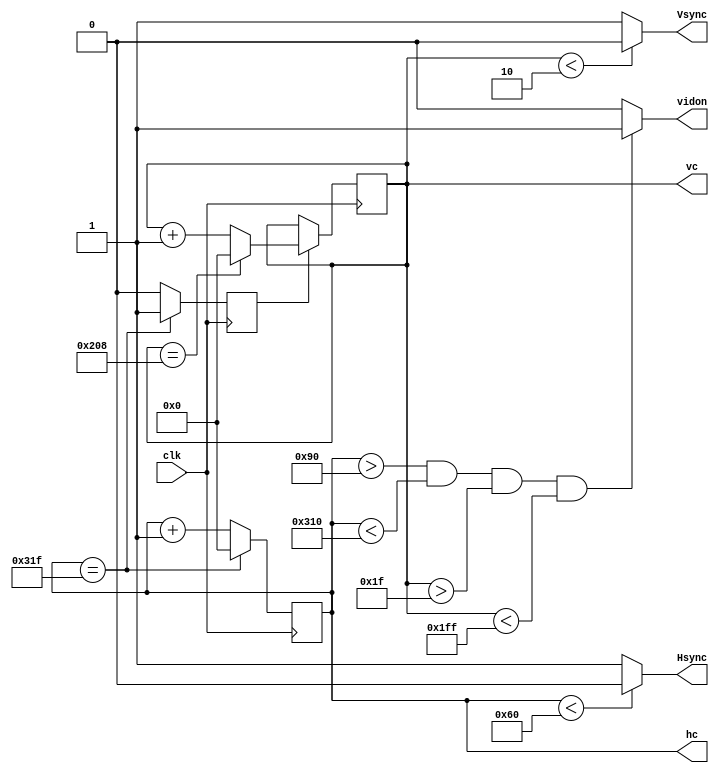
`timescale 1ns / 1ps
//////////////////////////////////////////////////////////////////////////////////
// Company: 
// Engineer: 
// 
// Design Name: 
// Module Name:    vga_resolution 
// Project Name: 
// Target Devices: 
// Tool versions: 
// Description: 
//
// Dependencies: 
//
// Revision: 
// Revision 0.01 - File Created
// Additional Comments: 
//
//////////////////////////////////////////////////////////////////////////////////
module vga_resolution(
		input wire clk,   
		output reg Hsync,  //horizonal sync signal
		output reg Vsync,  //vertical sync signal
		output reg[9:0] hc,  //horizonal sync count
		output reg[9:0] vc,   //vertical sync count 
		output reg vidon   // visible signal
    );

	// 640 * 480 VGA data 
	parameter h_pixel = 800; // pixels of each line
	parameter h_total = 521; // lines of each frame
	parameter hbp = 144;   // horizonal back porch
	parameter hfp = 784;  // horizonal front porch
	parameter vbp = 31;   // vertical back porch
	parameter vfp = 511; // vertical front porch
	reg vs_enable;
	
	always @(posedge clk)
	begin
		if (hc == h_pixel - 1)
		begin
			hc <= 0;
			vs_enable <= 1;
		end
		else
		begin
			hc <= hc + 1;
			vs_enable <= 0;
		end
	end
	
	always @(posedge clk)
	begin
		if (vs_enable == 1)
		begin
			if (vc == h_total - 1)
			begin
				vc <= 0;
			end
			else
				vc <= vc + 1;
		end
	end
	
	always @(*)
	begin
		if (hc < 96)
			Hsync = 0;
		else
			Hsync = 1;
	end
	
	always @(*)
	begin
		if (vc < 2)
			Vsync = 0;
		else
			Vsync = 1;
	end
	
	always @(*)
	begin
		if ((hc > hbp) && (hc < hfp) && (vc > vbp) && (vc < vfp))
		begin
			vidon = 1;
		end
		else
			vidon = 0;
	end
endmodule